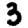
Digit: 3